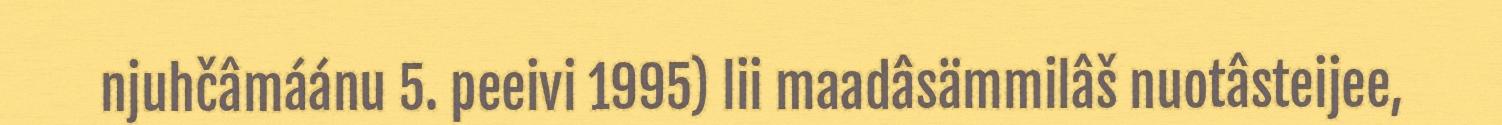
njuhčâmáánu 5. peeivi 1995) lii maadâsämmilâš nuotâsteijee,